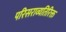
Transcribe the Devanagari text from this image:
परिसराव्यतिरिक्त